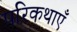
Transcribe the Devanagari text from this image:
परिकथाएँ